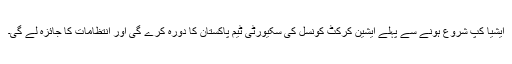
ایشیا کپ شروع ہونے سے پہلے ایشین کرکٹ کونسل کی سکیورٹی ٹیم پاکستان کا دورہ کرے گی اور انتظامات کا جائزہ لے گی۔